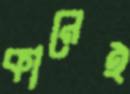
কানেই